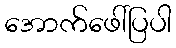
အောက်ဖေါ်ပြပါ